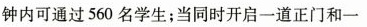
钟内可通过560名学生；当同时开启一道正门和一